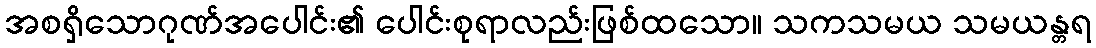
အစရှိသောဂုဏ်အပေါင်း၏ ပေါင်းစုရာလည်းဖြစ်ထသော။ သကသမယ သမယန္တရ